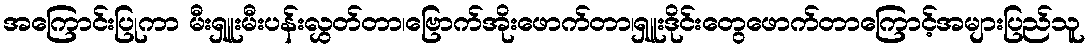
အကြောင်းပြုကာ မီးရှူးမီးပန်းလွှတ်တာ၊ဗြောက်အိုးဖောက်တာ၊ရှူးဒိုင်းတွေဖောက်တာကြောင့်အများပြည်သူ